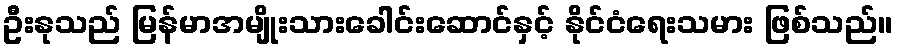
ဦးနုသည် မြန်မာအမျိုးသားခေါင်းဆောင်နှင့် နိုင်ငံရေးသမား ဖြစ်သည်။